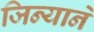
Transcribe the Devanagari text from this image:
जिन्याने